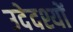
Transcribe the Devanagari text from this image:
उदेदश्यों